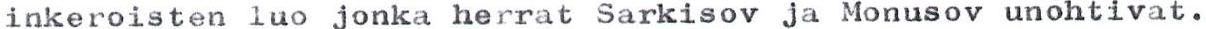
inkeroisten luo jonka herrat Sarkisov ja Monusov unohtivat.